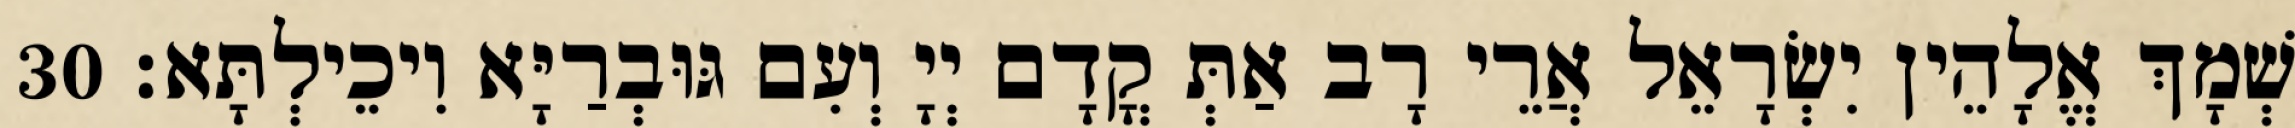
שְׁמָךְ אֱלָהֵין יִשְׂרָאֵל אֲרֵי רָב אַתְּ קֳדָם יְיָ וְעִם גּוּבְרַיָּא וִיכֵילְתָּא׃ 30